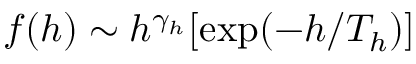
f ( h ) \sim h ^ { \gamma _ { h } } [ \mathrm { e x p } ( - h / T _ { h } ) ]